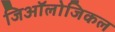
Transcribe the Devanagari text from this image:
जिऑलोजिकल